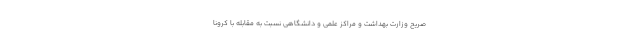
صریح وزارت بهداشت و مراکز علمی و دانشگاهی نسبت به مقابله با کرونا